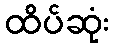
ထိပ်ဆုံး